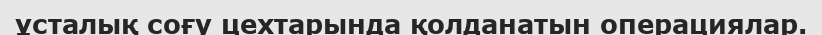
ұсталық соғу цехтарында қолданатын операциялар.